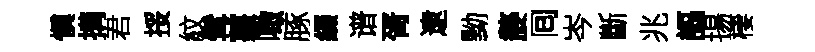
愼搆君挼紋髯薑噉䐁綴谱胥逮黝嫠囘岑斷兆謳揚棲